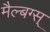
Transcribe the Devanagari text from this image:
मैल्बग्स्